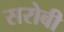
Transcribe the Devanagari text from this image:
सरोबी